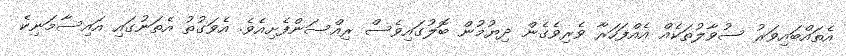
އެތައްބައިވަރު ސުވާލުތަކެއް އެއްފަހަރާ ވެރިވެގެން ދިޔުމުން ބޮލުގައިވެސް ރިއްސަންފެށިއެވެ. އެވަގުތު އެތަނުގައި އައިސާމަނިކެ